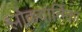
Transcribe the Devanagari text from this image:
श्लोकवार्तिका